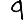
Digit: 9